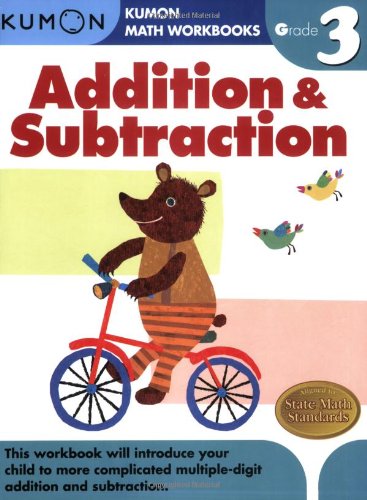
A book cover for Grade 3 Addition & Subtraction (Kumon Math Workbooks); Kumon Publishing; Children's Books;